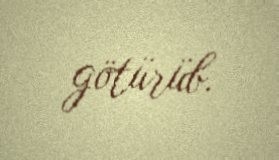
götürüb.